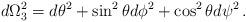
LaTeX: \begin{align*}d\Omega_3^2 = d\theta^2 + \sin^2\theta d\phi^2 + \cos^2\theta d\psi^2\,.\end{align*}